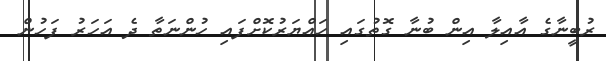
ރުބީނާގެ އާއިލާ އިން ބުނާ ގޮތުގައި ހައްޔަރުކޮށްފައި ހުންނަތާ ދެ އަހަރު ފަހުން